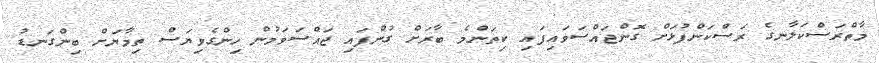
މާތްރަސްކަލާނގެ ރަސްކަންފުޅަށް ގޮންޖައްސަވައިފައި ކިތަންމެ ބާރަށް ގުންފައި ޖައްސަވަމުން ހިންގެވިޔަސް ތިމާޔަށް ބިންގަނޑު